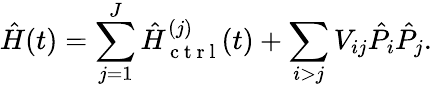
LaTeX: \hat{H}(t)=\sum_{j=1}^{J}\hat{H}_{\mathrm{~c~t~r~l~}}^{(j)}(t)+\sum_{i>j}V_{ij}\hat{P}_{i}\hat{P}_{j}.